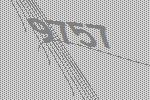
9757